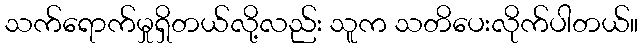
သက်ရောက်မှုရှိတယ်လို့လည်း သူက သတိပေးလိုက်ပါတယ်။